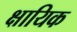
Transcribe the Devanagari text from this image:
क्षायिक